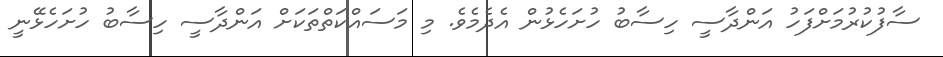
ސާފުކުރުމަށްފަހު އަންދާސީ ހިސާބު ހުށަހެޅުން އެދެމެވެ. މި މަސައްކަތްތަކަށް އަންދާސީ ހިސާބު ހުށަހެޅޭނީ